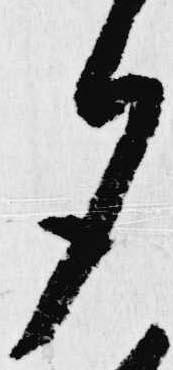
夕